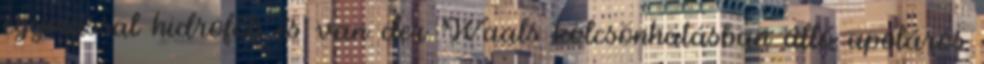
egymással hidrofób és van der Waals kölcsönhatásban álló apoláros